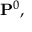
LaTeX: \mathbf { P } ^ { 0 } ,